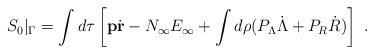
\begin{align*}S_0\vert_\Gamma = \int d\tau\left[{\mathbf p}\dot{\mathbf r} - N_\infty E_\infty + \int d\rho(P_\Lambda\dot{\Lambda} + P_R\dot{R})\right]\ .\end{align*}